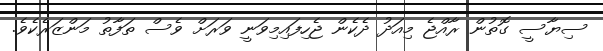
ސިޔާސީ ގޮތުން ރާއްޖެ މިއަދު ދެކެން ޖެހިފައިމިވަނީ ވަރަށް ވެސް ތަފާތު މަންޒަރެކެވެ.